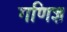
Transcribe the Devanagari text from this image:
गणिज्ञ